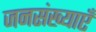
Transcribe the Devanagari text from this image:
जनसंख्याएँ